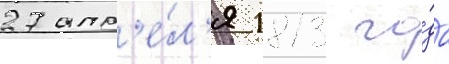
27 апр'е́л'я 1813 го́да